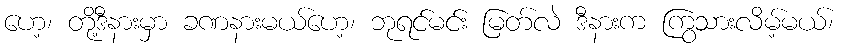
ဟေ့၊ တို့ဒီနားမှာ ခဏနားမယ်ဟေ့၊ ဘုရင်မင်း မြတ်လဲ ဒီနားက ကြွသားလိမ့်မယ်၊